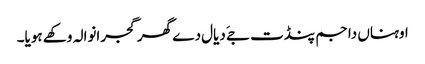
اوہناں دا جم پنڈت جےَ دیال دے گھر گجرانوالہ وکھے ہویا۔